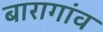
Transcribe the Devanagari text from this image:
बारागांव